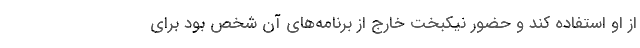
از او استفاده کند و حضور نیکبخت خارج از برنامه‌های آن شخص بود برای